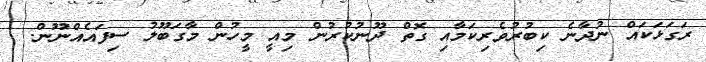
ރަގަޅަކައް ނުދާނެ ކިބުރުވެރިކަމާއި ގޮތް ދޫނުކުރުން މިއީ މީހުން މާގަބޫލު ސިފައެއްނޫން. .